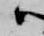
候